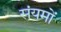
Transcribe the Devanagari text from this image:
संयमों